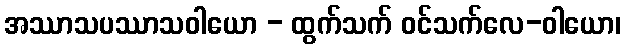
အဿာသပဿာသဝါယော - ထွက်သက် ဝင်သက်လေ-ဝါယော၊